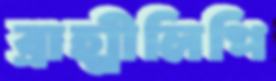
ব্রাহ্মীলিপি